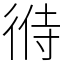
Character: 㣥